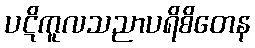
ပဋိကူလသညာပရိစိတေန